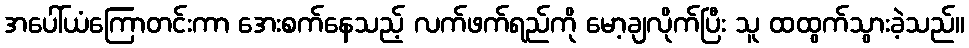
အပေါ်ယံကြောတင်းကာ အေးစက်နေသည့် လက်ဖက်ရည်ကို မော့ချလိုက်ပြီး သူ ထထွက်သွားခဲ့သည်။